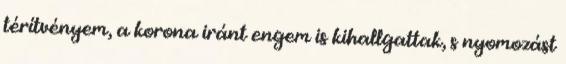
térítvényem, a korona iránt engem is kihallgattak, s nyomozást